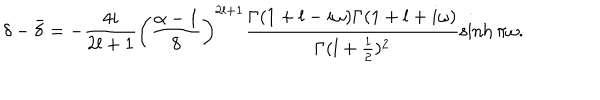
\delta - \bar { \delta } = - \frac { 4 i } { 2 l + 1 } \left( \frac { \alpha - 1 } { 8 } \right) ^ { 2 l + 1 } \frac { \Gamma ( 1 + l - i \omega ) \Gamma ( 1 + l + i \omega ) } { \Gamma ( l + \frac { 1 } { 2 } ) ^ { 2 } } \sinh \pi \omega .